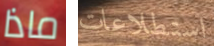
ماذا استطلاعات